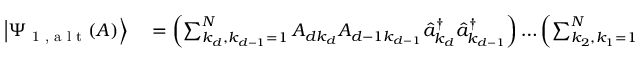
\begin{array} { r l } { \left| \Psi _ { \textrm { 1 , a l t } } ( A ) \right\rangle } & { { } = \left( \sum _ { k _ { d } , k _ { d - 1 } = 1 } ^ { N } A _ { d k _ { d } } A _ { d - 1 k _ { d - 1 } } \hat { a } _ { k _ { d } } ^ { \dagger } \hat { a } _ { k _ { d - 1 } } ^ { \dagger } \right) \ldots \left( \sum _ { k _ { 2 } , k _ { 1 } = 1 } ^ { N } A _ { 2 k _ { 1 } } A _ { 1 k _ { 1 } } \hat { a } _ { k _ { 2 } } ^ { \dagger } \hat { a } _ { k _ { 1 } } ^ { \dagger } \right) | \textrm { v a c } \rangle } \end{array}